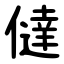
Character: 㒓